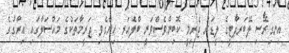
އިނގިރޭސި ލޭބަރޕާޓީގެ ލީޑަރު ޖެރިމީ ކޮބިންވެސްވަނީ ބްލެއަރ ހިންގެވި ޖަރީމާތަކުގެ މައްސަލާގައި އިރާގުގެ